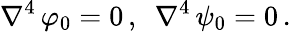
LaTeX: {\nabla}^{4}\, \varphi_{0}=0\, ,\, \, \, {\nabla}^{4}\, \psi_{0}=0\, .